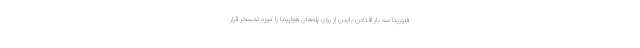
فلوریدا سه بار افتادن بایدن از روی پله‌های هواپیما را مورد تمسخر قرار